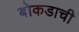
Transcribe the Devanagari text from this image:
बोकडाची